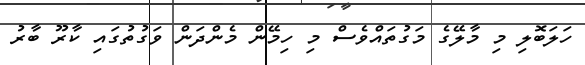
ހަލަބޮލި މި މާލޭގެ މަގުތައްވެސް މި ހިމޭން މެންދަން ވަގުތުގައި ކާރޫ ބާރު